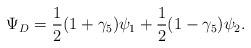
LaTeX: \begin{align*}\Psi_D = \frac{1}{2}(1+\gamma_5)\psi_1+\frac{1}{2}(1-\gamma_5)\psi_2.\end{align*}